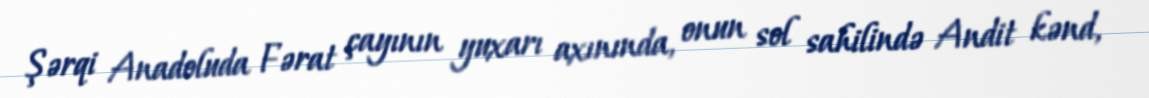
Şərqi Anadoluda Fərat çayının yuxarı axınında, onun sol sahilində Andit kənd,